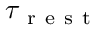
\tau _ { \mathrm { ~ r ~ e ~ s ~ t ~ } }